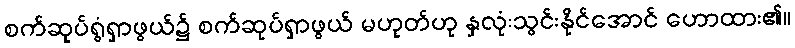
စက်ဆုပ်ရွံရှာဖွယ်၌ စက်ဆုပ်ရှာဖွယ် မဟုတ်ဟု နှလုံးသွင်းနိုင်အောင် ဟောထား၏။